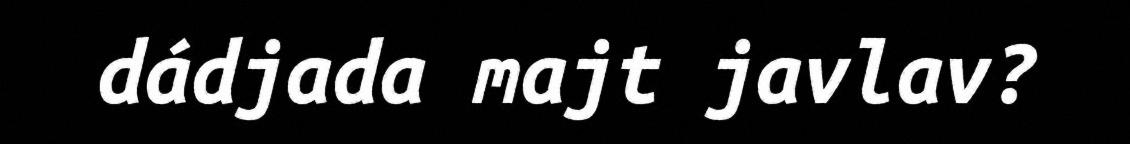
dádjada majt javlav?